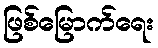
ဖြစ်မြောက်ရေး